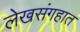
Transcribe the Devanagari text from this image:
लेखसंगहात